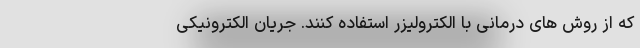
که از روش های درمانی با الکترولیزر استفاده کنند. جریان الکترونیکی